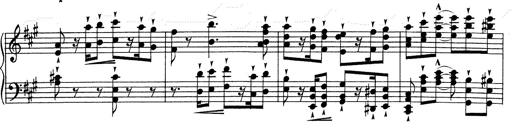
Title: RÃ©miniscences de Don Juan
Composer: Franz Liszt